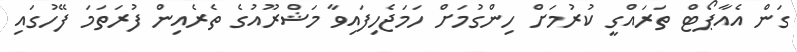
ގަން އެއާޕޯޓް ތަރައްގީ ކުރުމަށް ހިންގުމަށް ހަމަޖެހިފައިވާ މަޝްރޫއުގެ ތެރެއިން ފުރަތަމަ ފޭހުގައި